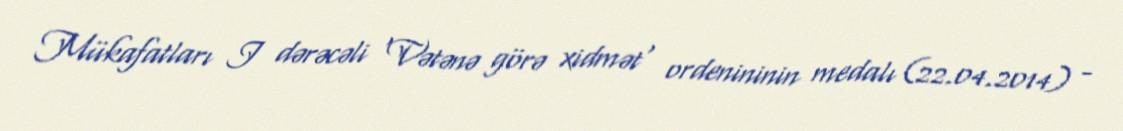
Mükafatları I dərəcəli 'Vətənə görə xidmət' ordenininin medalı (22.04.2014) -